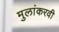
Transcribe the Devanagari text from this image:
मुलांकरवी